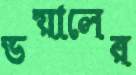
ডয়ালের